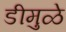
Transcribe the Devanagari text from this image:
डीमुळे